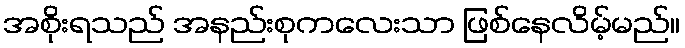
အစိုးရသည် အနည်းစုကလေးသာ ဖြစ်နေလိမ့်မည်။